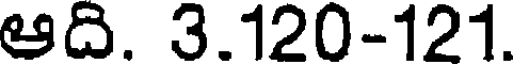
ఆది. 3.120-121.